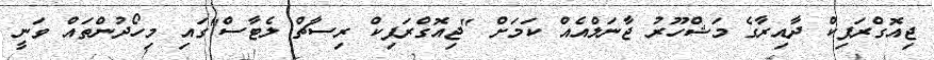
ޖިއޮގްރަފިކް ދާއިރާގެ މަޝްހޫރު ޖާނަލްއެއް ކަމަށް "ޖިއޮގްރަޕިކް ރިސާޗް ލެޓާސް"ގައި މިހޯދުންތައް ވަނީ